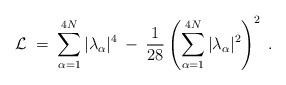
LaTeX: \begin{align*}{\cal{L}} \;=\; \sum_{\alpha=1}^{4N} |\lambda_\alpha|^4 \:-\: \frac{1}{28} \left(\sum_{\alpha=1}^{4N} |\lambda_\alpha|^2 \right)^2 \;. \end{align*}